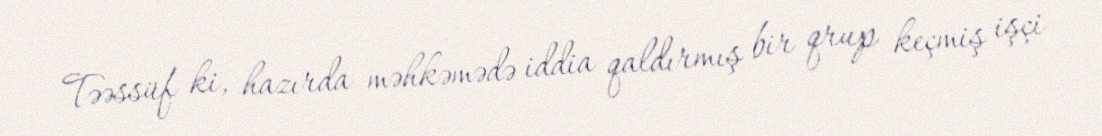
Təəssüf ki, hazırda məhkəmədə iddia qaldırmış bir qrup keçmiş işçi